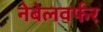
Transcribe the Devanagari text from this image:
नेबेलवर्फर